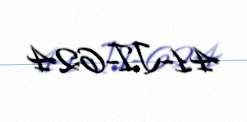
41-JI-624